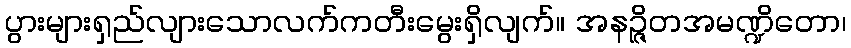
ပွားများရှည်လျားသောလက်ကတီးမွေးရှိလျက်။ အနဉ္ဇိတအမဏ္ဍိတော၊